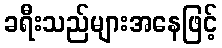
ခရီးသည်များအနေဖြင့်